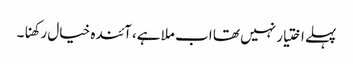
پہلے اختیار نہیں تھا اب ملا ہے، آئندہ خیال رکھنا۔